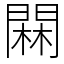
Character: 䦥